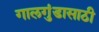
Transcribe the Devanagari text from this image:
गालगुंडासाठी